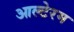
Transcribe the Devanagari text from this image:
आल्टेरम